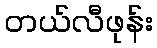
တယ်လီဖုန်း